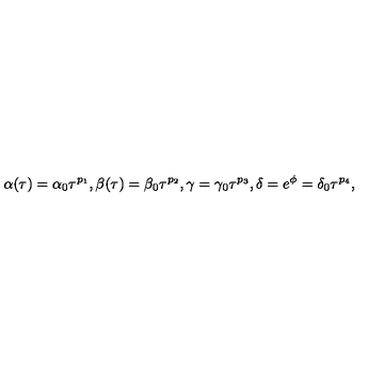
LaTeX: \alpha ( \tau ) = \alpha _ { 0 } \tau ^ { p _ { 1 } } , \beta ( \tau ) = \beta _ { 0 } \tau ^ { p _ { 2 } } , \gamma = \gamma _ { 0 } \tau ^ { p _ { 3 } } , \delta = e ^ { \phi } = \delta _ { 0 } \tau ^ { p _ { 4 } } ,